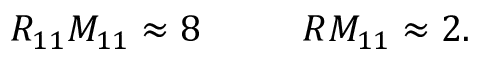
R _ { 1 1 } M _ { 1 1 } \approx 8 ~ ~ ~ ~ ~ ~ ~ ~ R M _ { 1 1 } \approx 2 .